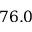
7 6 . 0